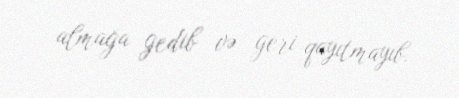
almağa gedib və geri qayıtmayıb.